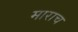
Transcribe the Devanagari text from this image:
माराच